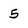
Character: 5